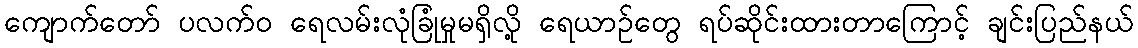
ကျောက်တော် ပလက်၀ ရေလမ်းလုံခြုံမှုမရှိလို့ ရေယာဉ်တွေ ရပ်ဆိုင်းထားတာကြောင့် ချင်းပြည်နယ်